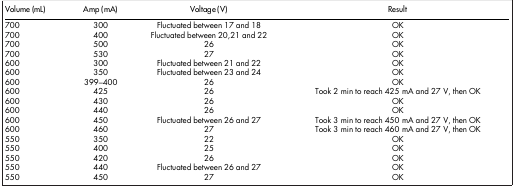
<table><thead><tr><td><b>Volume (mL)</b></td><td><b>Amp (mA)</b></td><td><b>Voltage (V)</b></td><td><b>Result</b></td></tr></thead><tbody><tr><td>700</td><td>300</td><td>Fluctuated between 17 and 18</td><td>OK</td></tr><tr><td>700</td><td>400</td><td>Fluctuated between 20,21 and 22</td><td>OK</td></tr><tr><td>700</td><td>500</td><td>26</td><td>OK</td></tr><tr><td>700</td><td>530</td><td>27</td><td>OK</td></tr><tr><td>600</td><td>300</td><td>Fluctuated between 21 and 22</td><td>OK</td></tr><tr><td>600</td><td>350</td><td>Fluctuated between 23 and 24</td><td>OK</td></tr><tr><td>600</td><td>399–400</td><td>26</td><td>OK</td></tr><tr><td>600</td><td>425</td><td>26</td><td>Took 2 min to reach 425 mA and 27 V, then OK</td></tr><tr><td>600</td><td>430</td><td>26</td><td>OK</td></tr><tr><td>600</td><td>440</td><td>26</td><td>OK</td></tr><tr><td>600</td><td>450</td><td>Fluctuated between 26 and 27</td><td>Took 3 min to reach 450 mA and 27 V, then OK</td></tr><tr><td>600</td><td>460</td><td>27</td><td>Took 3 min to reach 460 mA and 27 V, then OK</td></tr><tr><td>550</td><td>350</td><td>22</td><td>OK</td></tr><tr><td>550</td><td>400</td><td>25</td><td>OK</td></tr><tr><td>550</td><td>420</td><td>26</td><td>OK</td></tr><tr><td>550</td><td>440</td><td>Fluctuated between 26 and 27</td><td>OK</td></tr><tr><td>550</td><td>450</td><td>27</td><td>OK</td></tr></tbody></table>